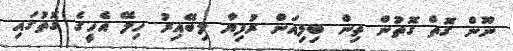
ނޫން ގޮތް ގޮތުން ތިން ބިލިއަން ރުފިޔާ ލިބޭއިރު ހިލޭ އެހީގެ ގޮތުގައި